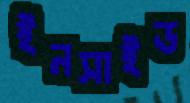
ইনসাইড